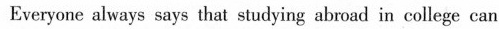
Everyone always says that studying abmad in college can